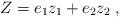
LaTeX: \begin{align*}Z&=e_1z_1+e_2z_2 \;,\end{align*}